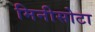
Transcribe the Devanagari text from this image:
मिनीसोटा